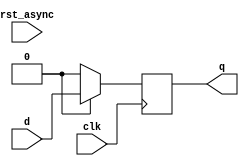
module d_ff (
    input clk,
    input d,
    input rst_async,
    output q
);

    always @(posedge clk) 
    begin
        if(rst)
            q <= d;
        else
            q <= 0;
        
    end
    
endmodule